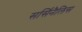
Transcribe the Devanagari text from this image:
सर्सिनैलिस